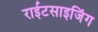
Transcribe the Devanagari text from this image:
राईटसाइजिंग